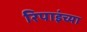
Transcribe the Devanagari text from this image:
रिपाइंच्या